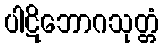
ပါဋိဘောဂသုတ္တံ